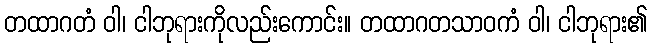
တထာဂတံ ဝါ၊ ငါဘုရားကိုလည်းကောင်း။ တထာဂတသာဝကံ ဝါ၊ ငါဘုရား၏